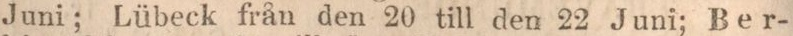
Juni; Lübeck från den 20 till den 22 Juni; Ber-